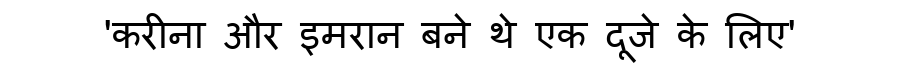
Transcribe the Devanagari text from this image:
'करीना और इमरान बने थे एक दूजे के लिए'